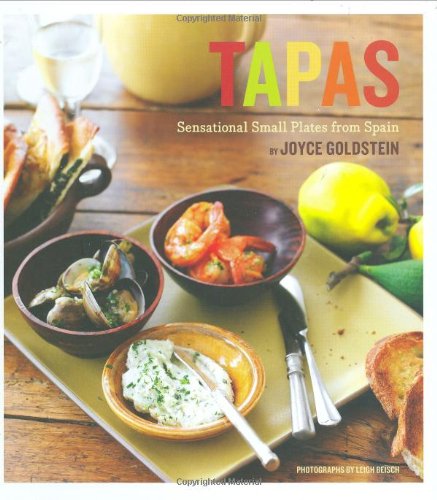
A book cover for Tapas: Sensational Small Plates From Spain; Joyce Goldstein; Cookbooks, Food & Wine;